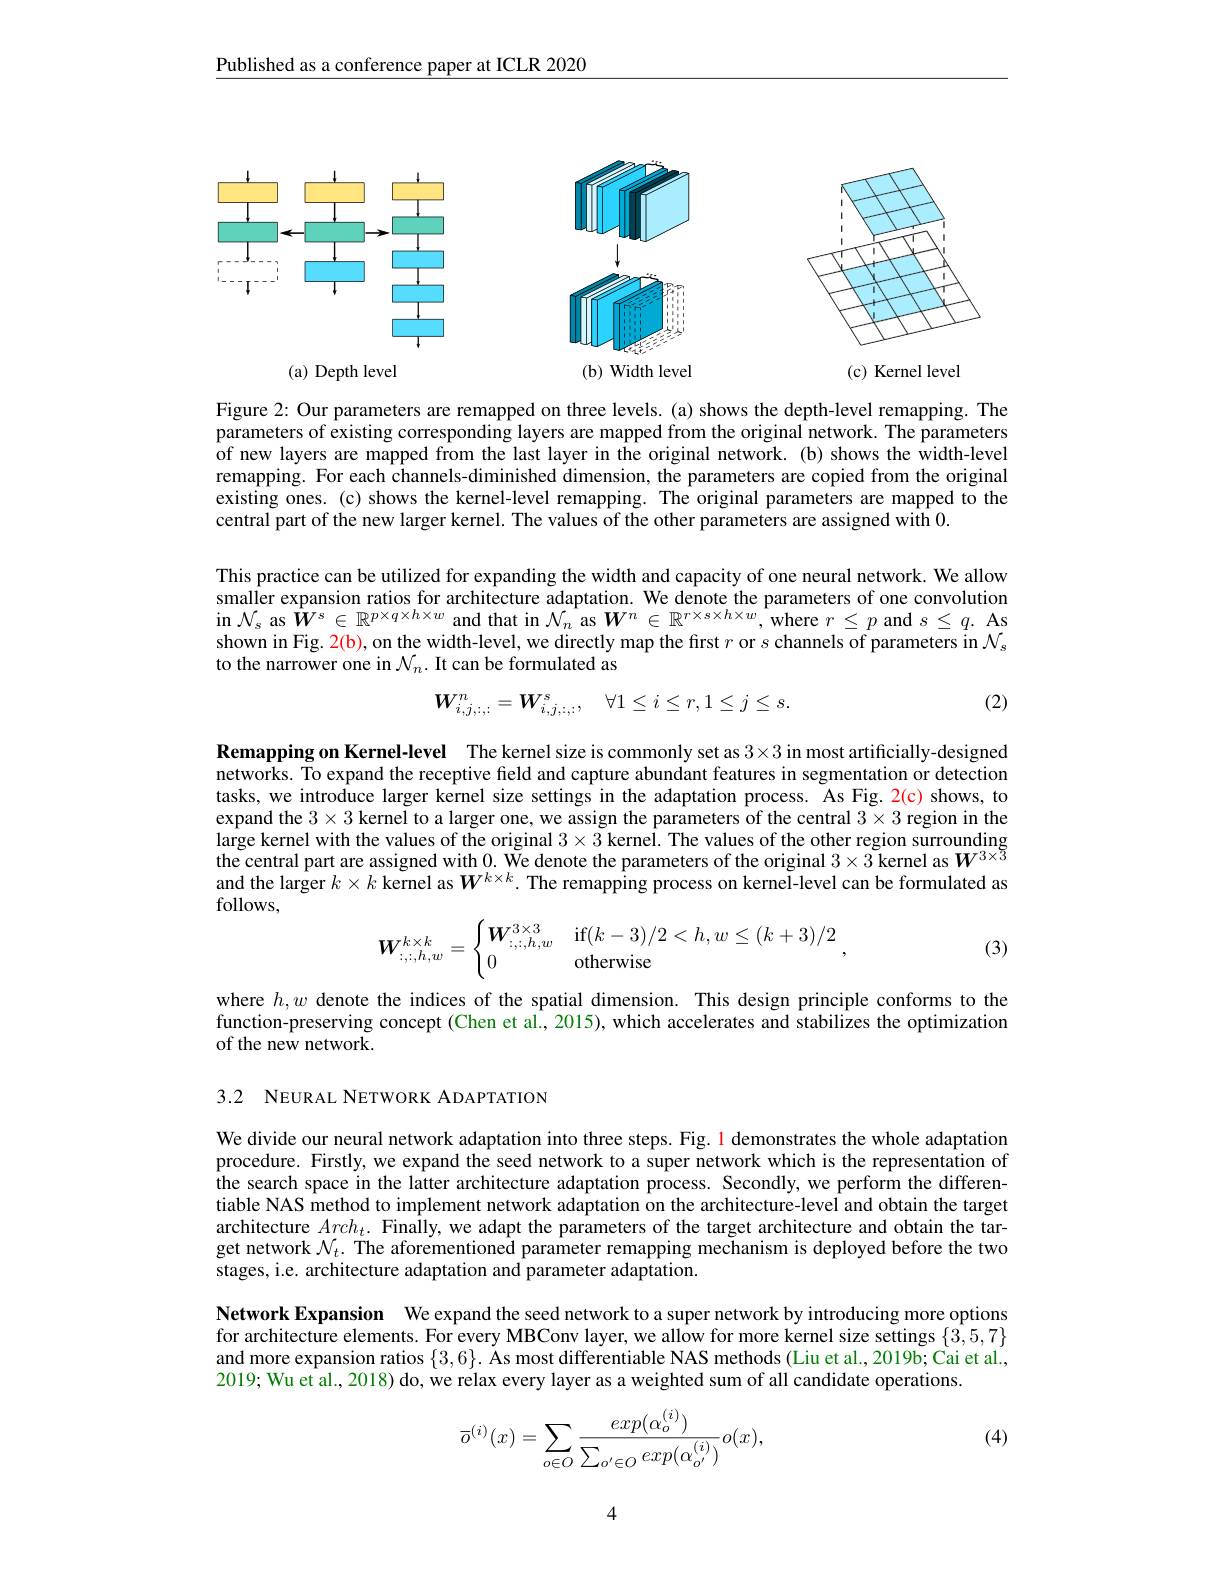
Published as a conference paper at ICLR 2020

<FigureHere>

Figure 2: Our parameters are remapped on three levels.(a) shows the depth-level remapping. The parameters of existing corresponding layers are mapped from the original network. The parameters of new layers are mapped from the last layer in the original network. (b) shows the width-level remapping. For each channels-diminished dimension, the parameters are copied from the original existing ones. (c) shows the kernel-level remapping. The original parameters are mapped to the central part of the new larger kernel. The values of the other parameters are assigned with 0.

This practice can be utilized for expanding the width and capacity of one neural network. We allow smaller expansion ratios for architecture adaptation. We denote the parameters of one convolution in $\mathcal{N} _s$ as $W^s\in\mathbb{R}^{p\times q\times h\times w}$ and that in $\mathcal{N}_n$ as $\boldsymbol W^n\in\mathbb{R}^r\times s\times h\times w$, where $r\leq p$ and $s\leq q.$ As shown in Fig. 2(b), on the width-level, we directly map the first $r$ or $s$ channels of parameters in $\mathcal{N}_s$ to the narrower one in $\mathcal{N}_n.$ It can be formulated as
(2)
$$\boldsymbol{W}_{i,j,:,:}^{n}=\boldsymbol{W}_{i,j,:,:}^{s},\quad\forall1\leq i\leq r,1\leq j\leq s.$$
Remapping on Kernel-level The kernel size is commonly set as $3\times3$ in most artificially-designed networks. To expand the receptive field and capture abundant features in segmentation or detection tasks, we introduce larger kernel size settings in the adaptation process. As Fig. $\color{red}{2}(\mathrm{c})$ shows, to expand the $3\times3$ kernel to a larger one, we assign the parameters of the central $3\times3$ region in the large kernel with the values of the original $3\times3$ kernel. The values of the other region surrounding the central part are assigned with 0. We denote the parameters of the original $3\times 3$ kernel as$W^{3\times 5}$ and the larger $k\times k$ kernel as $W^{k\times k}.$ The remapping process on kernel- level can be formulated as follouc follows,
$$\boldsymbol W_{:,:,h,w}^{k\times k}=\begin{cases}\boldsymbol W_{::,h,w}^{3\times3}&\text{if}(k-3)/2<h,w\leq(k+3)/2\\0&\text{otherwise}\end{cases},$$
(3)

where $h,w$ denote the indices of the spatial dimension. This design principle conforms to the function-preserving concept (Chen et al., 2015), which accelerates and stabilizes the optimization of the new network.

3.2 NEURAL NETWORK ADAPTATION

We divide our neural network adaptation into three steps. Fig. 1 demonstrates the whole adaptation procedure. Firstly, we expand the seed network to a super network which is the representation of the search space in the latter architecture adaptation process. Secondly, we perform the differentiable NAS method to implement network adaptation on the architecture-level and obtain the target architecture $Arch_t.$ Finally, we adapt the parameters of the target architecture and obtain the target network $\mathcal{N}_t.$ The aforementioned parameter remapping mechanism is deployed before the two stages, i.e. architecture adaptation and parameter adaptation.

Network Expansion We expand the seed network to a super network by introducing more options for architecture elements. For every MBConv layer, we allow for more kernel size settings $\{3,5,7\}$ and more expansion ratios $\{3,6\}.$ Ås most differentiable NAS methods (Liu et al., 2019b; Cai et al., 2019; Wu et al., 2018) do, we relax every layer as a weighted sum of all candidate operations

(4)
$$\overline{o}^{(i)}(x)=\sum_{o\in O}\frac{exp(\alpha_o^{(i)})}{\sum_{o'\in O}exp(\alpha_{o'}^{(i)})}o(x),$$
4